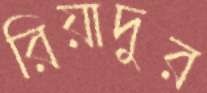
রিয়াদুর